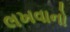
લખવાનો